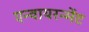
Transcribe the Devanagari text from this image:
एन्वायरन्मेंट